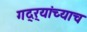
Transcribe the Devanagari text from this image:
गद्र्‍यांच्याच